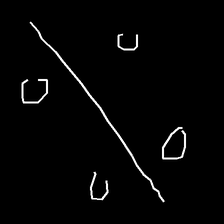
Glyph: cool